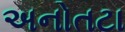
અનોતટા